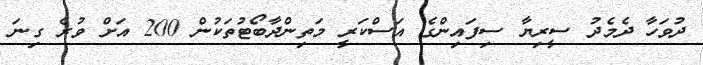
ދުވަހާ ދެމެދު ސީރިޔާ ސިފައިންގެ އަސްކަރީ މަތިންދާބޯޓުތަކުން 200 އަށް ވުރެ ގިނަ